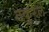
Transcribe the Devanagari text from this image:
ठकुरेले